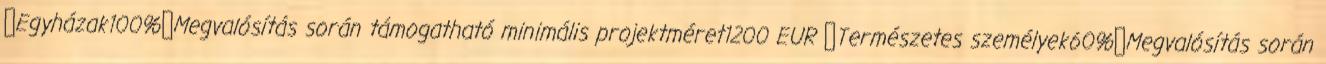
▪Egyházak100%▪Megvalósítás során támogatható minimális projektméret1200 EUR ▪Természetes személyek60%▪Megvalósítás során